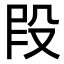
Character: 𫨻